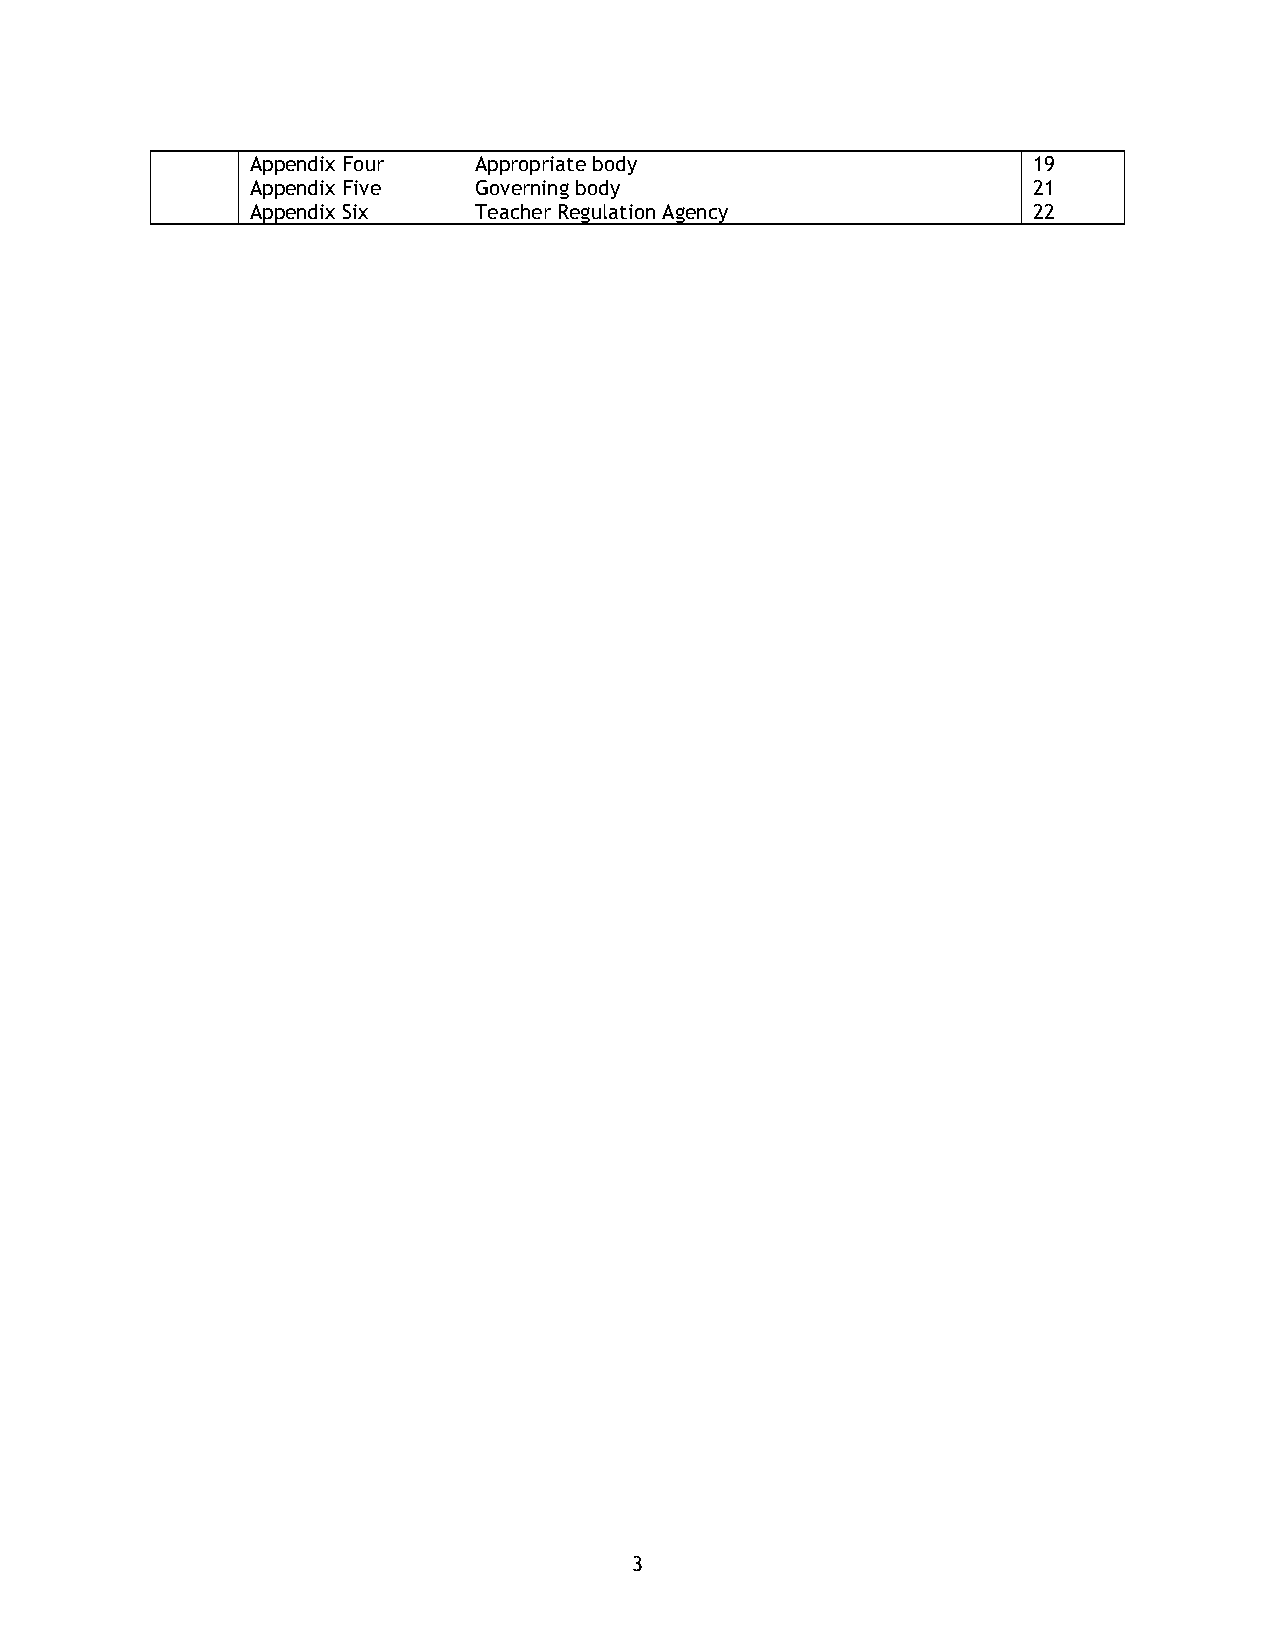
Appendix Four Appropriate body                     19
 Appendix Five Governing body                       21
 Appendix Six  Teacher Regulation Agency            22
 3